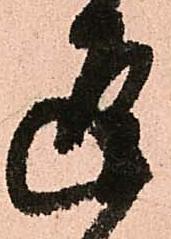
逗